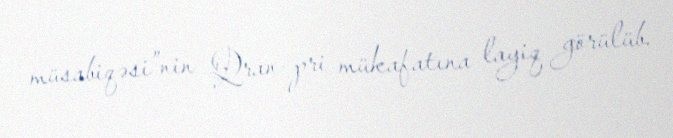
müsabiqəsi”nin Qran-pri mükafatına layiq görülüb.